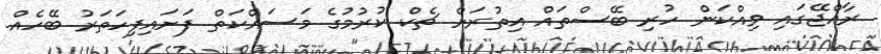
ރާއްޖޭގައި ވިއްކަން ހުރި ބޭސްތައް އިތުރަށް ޗެކް ކުރުމުގެ މަސައްކަތް ފަށައިފިހަތަރު ބޭހެއް